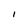
Character: I